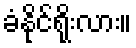
ခံနိုင်ရိုးလား။